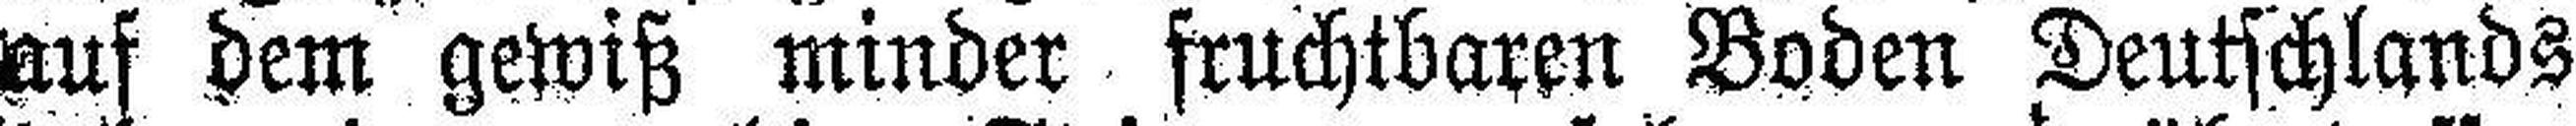
auf dem gewiß minder fruchtbaren Boden Deutschlands